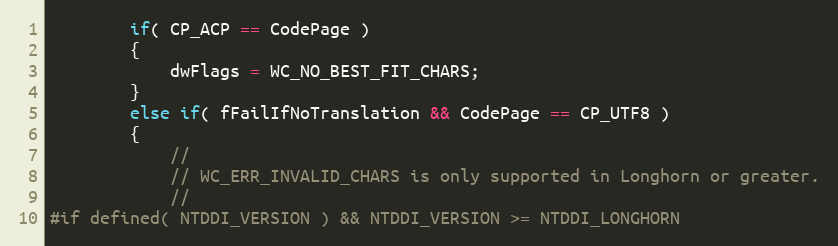
Language: C
        if( CP_ACP == CodePage )
        {
            dwFlags = WC_NO_BEST_FIT_CHARS;
        }
        else if( fFailIfNoTranslation && CodePage == CP_UTF8 )
        {
            //
            // WC_ERR_INVALID_CHARS is only supported in Longhorn or greater.
            //
#if defined( NTDDI_VERSION ) && NTDDI_VERSION >= NTDDI_LONGHORN